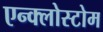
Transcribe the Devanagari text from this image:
एन्क्लोस्टोम